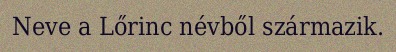
Neve a Lőrinc névből származik.